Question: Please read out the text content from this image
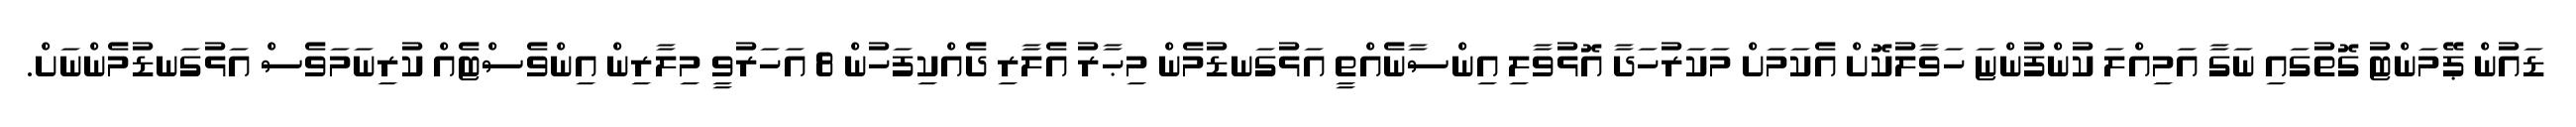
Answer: ޑައުން ޕޭމަންޓު ގޮތުގައި ނަގާ އަމިއްލަ ކުންފުންޏަ ހަވާލުކޮށް އެކަމަށް މަކަރުހަދާ އޮޅުވާލި އިންސާނެއްތީ އަޅުގަނޑުމެން މިޙާރު އެލާރި ދެއްކިފަހުން 8 އަހަރުވީ މިލާރިން އިންވެސްޓެއް ކުރިނަމަވެސް އަޅުގަނޑުމެންނަށް.